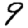
Digit: 9